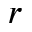
r